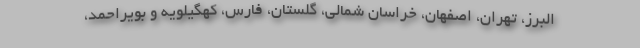
البرز، تهران، اصفهان، خراسان شمالی، گلستان، فارس، کهگیلویه و بویراحمد،